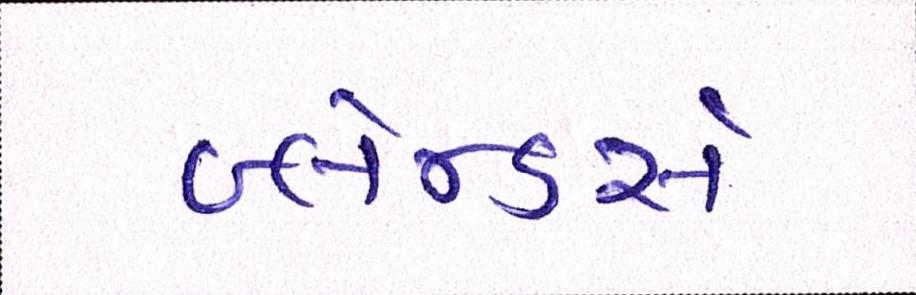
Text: બ્લેન્ડર્સ